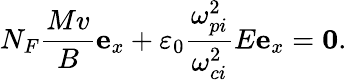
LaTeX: N_{F}\frac{Mv}{B}\mathbf{e}_{x}+\varepsilon_{0}\frac{\omega_{pi}^{2}}{\omega_{ci}^{2}}E\mathbf{e}_{x}=\mathbf{0}.